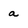
Character: a